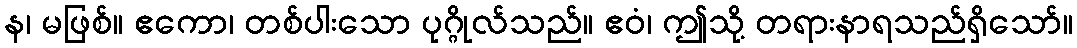
န၊ မဖြစ်။ ဧကော၊ တစ်ပါးသော ပုဂ္ဂိုလ်သည်။ ဧဝံ၊ ဤသို့ တရားနာရသည်ရှိသော်။